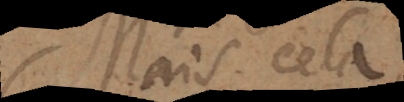
Mais cela